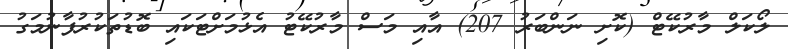
ލޯކަލް މާރުކޭޓް (ކޮށި ނަންބަރު 207) އާއި މަސް މާރުކޭޓު އެޅުމަށްޓަކައި ބޮޑުތަކުރުފާނުމަގު